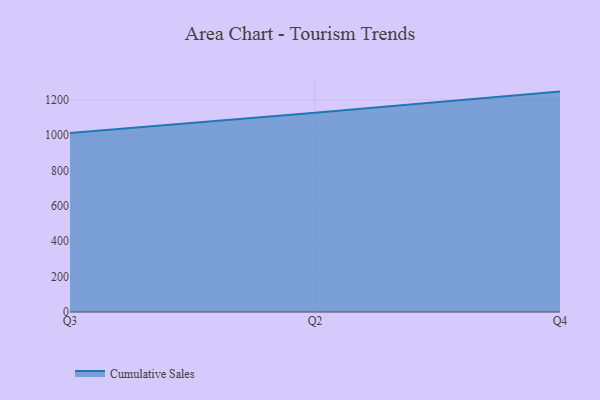
{"axis": {"x": "Quarter", "y": "Revenue (USD Million)"}, "legend": ["Cumulative Sales"], "data": [{"x": "Q3", "y": 1013.0, "type": "Cumulative Sales"}, {"x": "Q2", "y": 1127.6, "type": "Cumulative Sales"}, {"x": "Q4", "y": 1246.8, "type": "Cumulative Sales"}]}